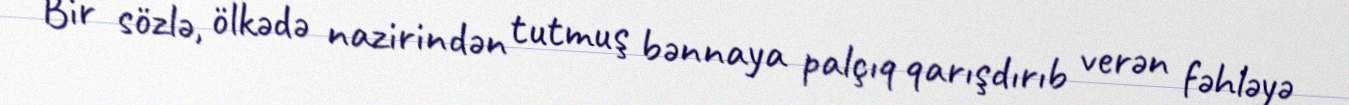
Bir sözlə, ölkədə nazirindən tutmuş bənnaya palçıq qarışdırıb verən fəhləyə